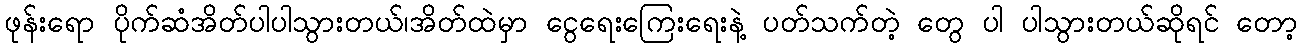
ဖုန်းရော ပိုက်ဆံအိတ်ပါပါသွားတယ်၊အိတ်ထဲမှာ ငွေရေးကြေးရေးနဲ့ ပတ်သက်တဲ့ တွေ ပါ ပါသွားတယ်ဆိုရင် တော့